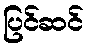
ပြင်ဆင်